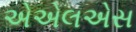
એએલએસ